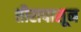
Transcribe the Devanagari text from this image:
तीरापासून